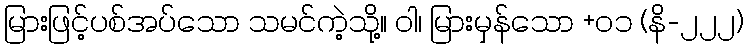
မြားဖြင့်ပစ်အပ်သော သမင်ကဲ့သို့။ ဝါ၊ မြားမှန်သော +၀၁ (နိ-၂၂၂)